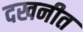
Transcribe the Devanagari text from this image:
दखनीत